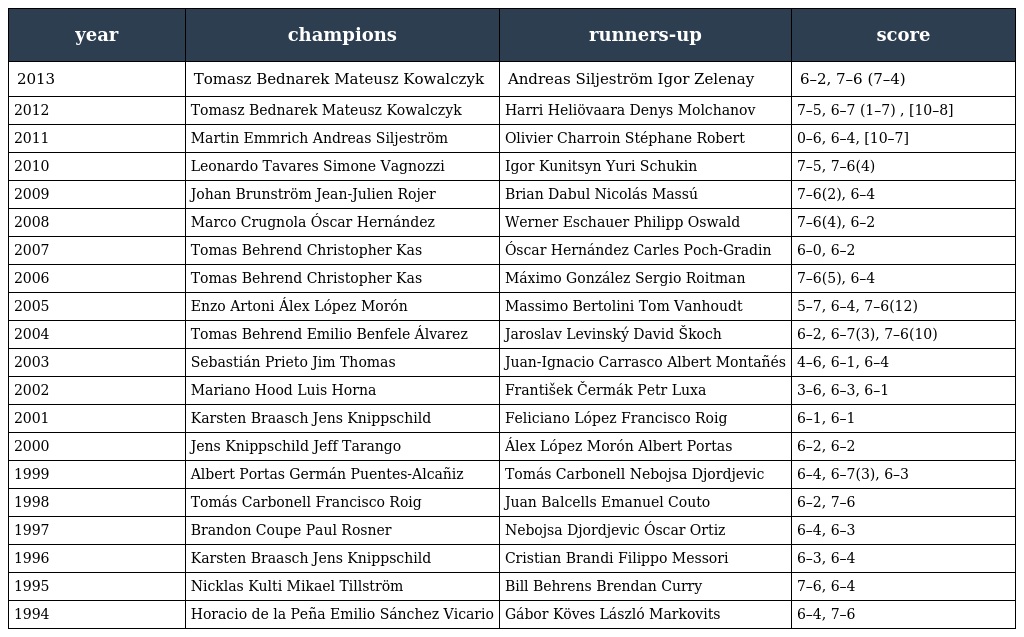
| year | champions | runners-up | score |
 | --- | --- | --- | --- |
 | 2013 | Tomasz Bednarek Mateusz Kowalczyk | Andreas Siljeström Igor Zelenay | 6–2, 7–6 (7–4) |
 | 2012 | Tomasz Bednarek Mateusz Kowalczyk | Harri Heliövaara Denys Molchanov | 7–5, 6–7 (1–7) , [10–8] |
 | 2011 | Martin Emmrich Andreas Siljeström | Olivier Charroin Stéphane Robert | 0–6, 6–4, [10–7] |
 | 2010 | Leonardo Tavares Simone Vagnozzi | Igor Kunitsyn Yuri Schukin | 7–5, 7–6(4) |
 | 2009 | Johan Brunström Jean-Julien Rojer | Brian Dabul Nicolás Massú | 7–6(2), 6–4 |
 | 2008 | Marco Crugnola Óscar Hernández | Werner Eschauer Philipp Oswald | 7–6(4), 6–2 |
 | 2007 | Tomas Behrend Christopher Kas | Óscar Hernández Carles Poch-Gradin | 6–0, 6–2 |
 | 2006 | Tomas Behrend Christopher Kas | Máximo González Sergio Roitman | 7–6(5), 6–4 |
 | 2005 | Enzo Artoni Álex López Morón | Massimo Bertolini Tom Vanhoudt | 5–7, 6–4, 7–6(12) |
 | 2004 | Tomas Behrend Emilio Benfele Álvarez | Jaroslav Levinský David Škoch | 6–2, 6–7(3), 7–6(10) |
 | 2003 | Sebastián Prieto Jim Thomas | Juan-Ignacio Carrasco Albert Montañés | 4–6, 6–1, 6–4 |
 | 2002 | Mariano Hood Luis Horna | František Čermák Petr Luxa | 3–6, 6–3, 6–1 |
 | 2001 | Karsten Braasch Jens Knippschild | Feliciano López Francisco Roig | 6–1, 6–1 |
 | 2000 | Jens Knippschild Jeff Tarango | Álex López Morón Albert Portas | 6–2, 6–2 |
 | 1999 | Albert Portas Germán Puentes-Alcañiz | Tomás Carbonell Nebojsa Djordjevic | 6–4, 6–7(3), 6–3 |
 | 1998 | Tomás Carbonell Francisco Roig | Juan Balcells Emanuel Couto | 6–2, 7–6 |
 | 1997 | Brandon Coupe Paul Rosner | Nebojsa Djordjevic Óscar Ortiz | 6–4, 6–3 |
 | 1996 | Karsten Braasch Jens Knippschild | Cristian Brandi Filippo Messori | 6–3, 6–4 |
 | 1995 | Nicklas Kulti Mikael Tillström | Bill Behrens Brendan Curry | 7–6, 6–4 |
 | 1994 | Horacio de la Peña Emilio Sánchez Vicario | Gábor Köves László Markovits | 6–4, 7–6 |